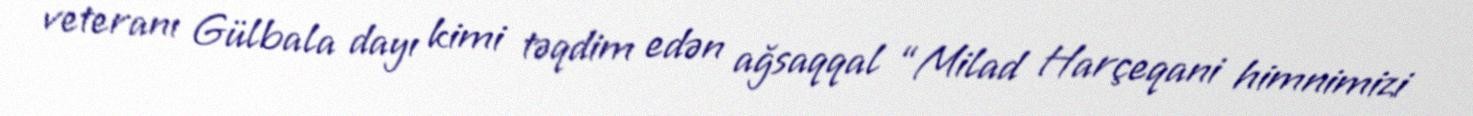
veteranı Gülbala dayı kimi təqdim edən ağsaqqal “Milad Harçeqani himnimizi